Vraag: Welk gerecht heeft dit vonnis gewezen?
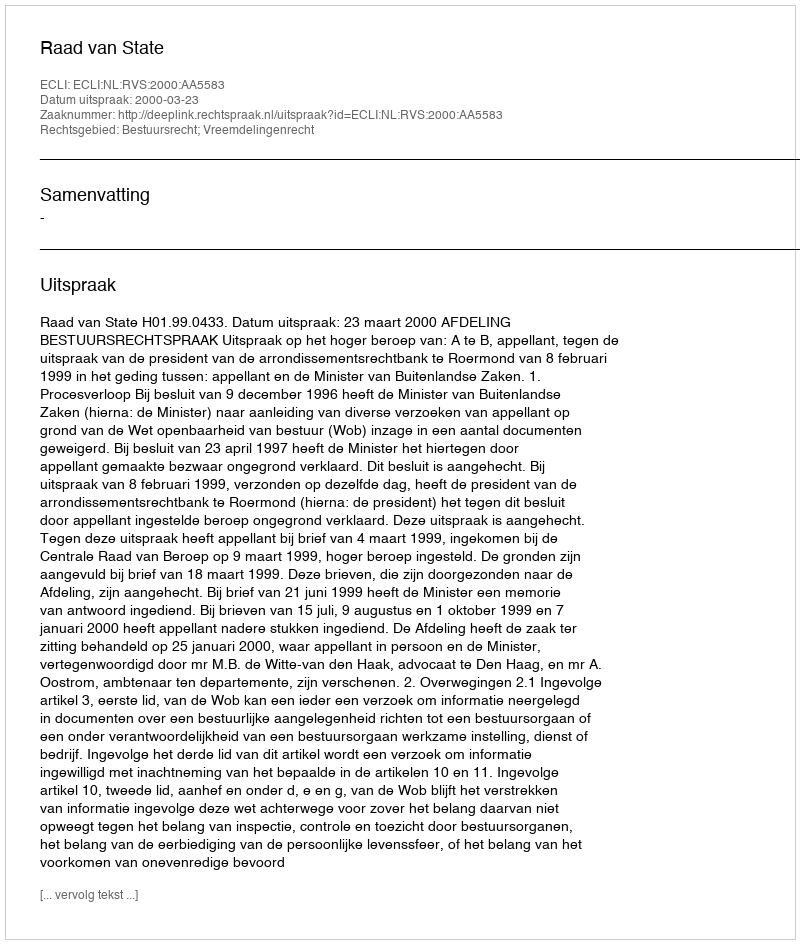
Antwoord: Raad van State